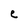
Character: e